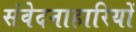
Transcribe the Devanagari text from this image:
संवेदनाहारियों